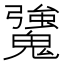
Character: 𩴒